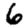
Digit: 6